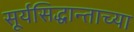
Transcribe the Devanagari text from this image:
सूर्यसिद्धान्ताच्या